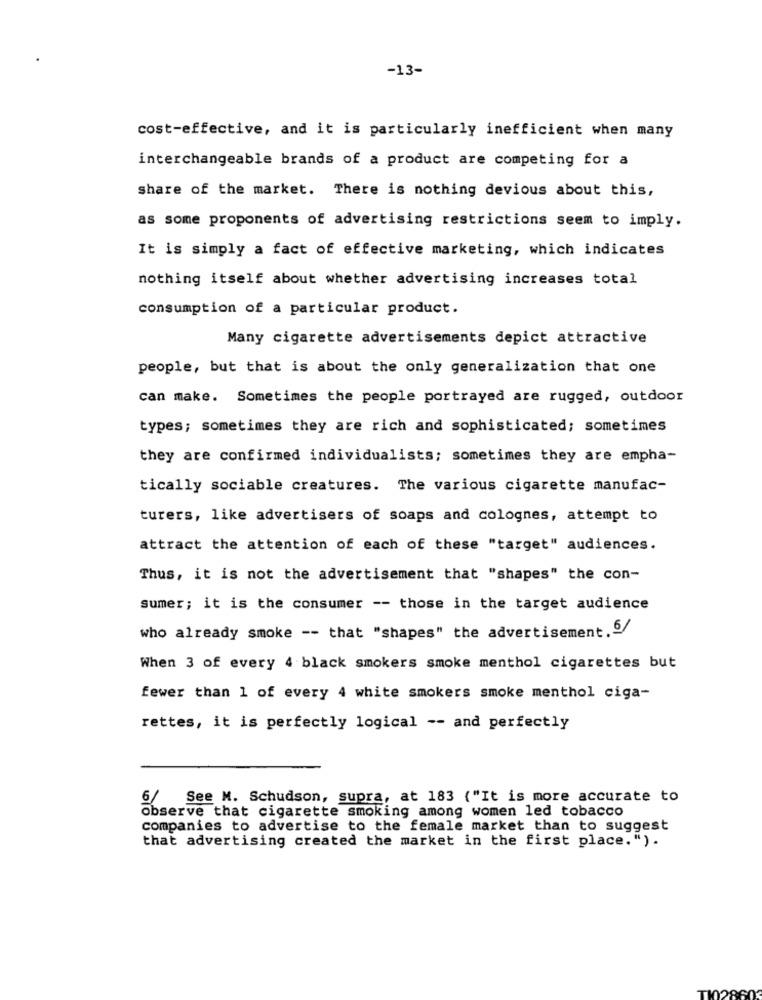
-13-
cost-effective, and it is particularly inefficient when many
interchangeable brands of a product are competing for a
share of the market. There is nothing devious about this,
as some proponents of advertising restrictions seem to imply.
It is simply a fact of effective marketing, which indicates
nothing itself about whether advertising increases total
consumption of a particular product.
Many cigarette advertisements depict attractive
people, but that is about the only generalization that one
can make. Sometimes the people portrayed are rugged, outdoor
types; sometimes they are rich and sophisticated; sometimes
they are confirmed individualists; sometimes they are empha-
tically sociable creatures. The various cigarette manufac-
turers, like advertisers of soaps and colognes, attempt to
attract the attention of each of these "target" audiences.
Thus, it is not the advertisement that "shapes" the con-
sumer; it is the consumer -- those in the target audience
who already smoke -- that "shapes" the advertisement.6/
When 3 of every 4 black smokers smoke menthol cigarettes but
fewer than 1 of every 4 white smokers smoke menthol ciga-
rettes, it is perfectly logical -- and perfectly
6/ See M. Schudson, supra, at 183 ("It is more accurate to
observe that cigarette smoking among women led tobacco
companies to advertise to the female market than to suggest
that advertising created the market in the first place.").